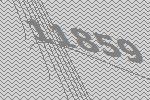
11859